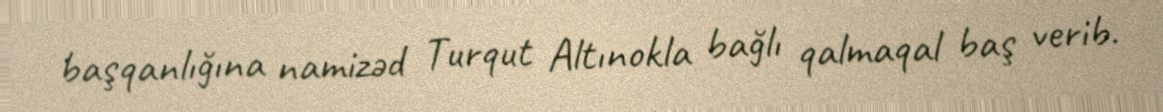
başqanlığına namizəd Turqut Altınokla bağlı qalmaqal baş verib.